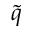
\tilde { q }